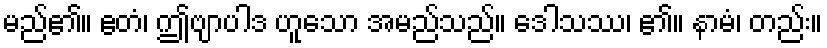
မည်၏။ ဧတံ၊ ဤဗျာပါဒ ဟူသော အမည်သည်။ ဒေါသဿ၊ ၏။ နာမံ၊ တည်း။